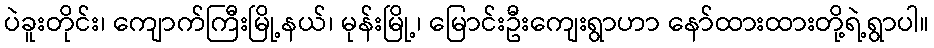
ပဲခူးတိုင်း၊ ကျောက်ကြီးမြို့နယ်၊ မုန်းမြို့၊ မြောင်းဦးကျေးရွာဟာ နော်ထားထားတို့ရဲ့ရွာပါ။